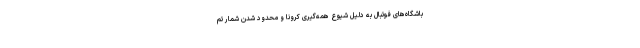
باشگاه‌های فوتبال به دلیل شیوع همه‌گیری کرونا و محدود شدن شمار تم